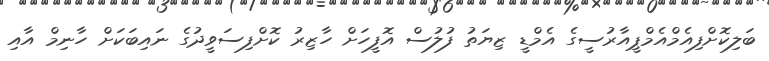
ބަލިކޮށްފިއެމްއެމްޕީއާރުސީގެ އެމްޑީ ޒިޔަތު ފުލުސް އޮފީހަށް ހާޒިރު ކޮށްފިސަވީދުގެ ނައިބަކަށް ހާނިމް އާއި